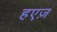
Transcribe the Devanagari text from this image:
हएज़